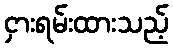
ငှားရမ်းထားသည့်